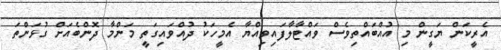
އެރީކަން ޔަގީން މި އުއްބައްތިވެސް ވައްޓާލާފައިވިއްޔާ އެމީހަކު ދުއްވައިގަތީ މަންމާ ދޮންބެއަށް ގުޅަންތަ